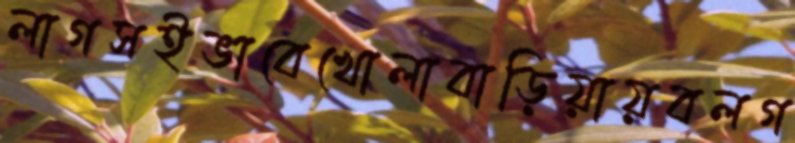
লাগসইভাবেখোলাবাড়িয়ায়বলগ